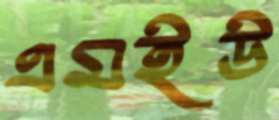
এমইউ